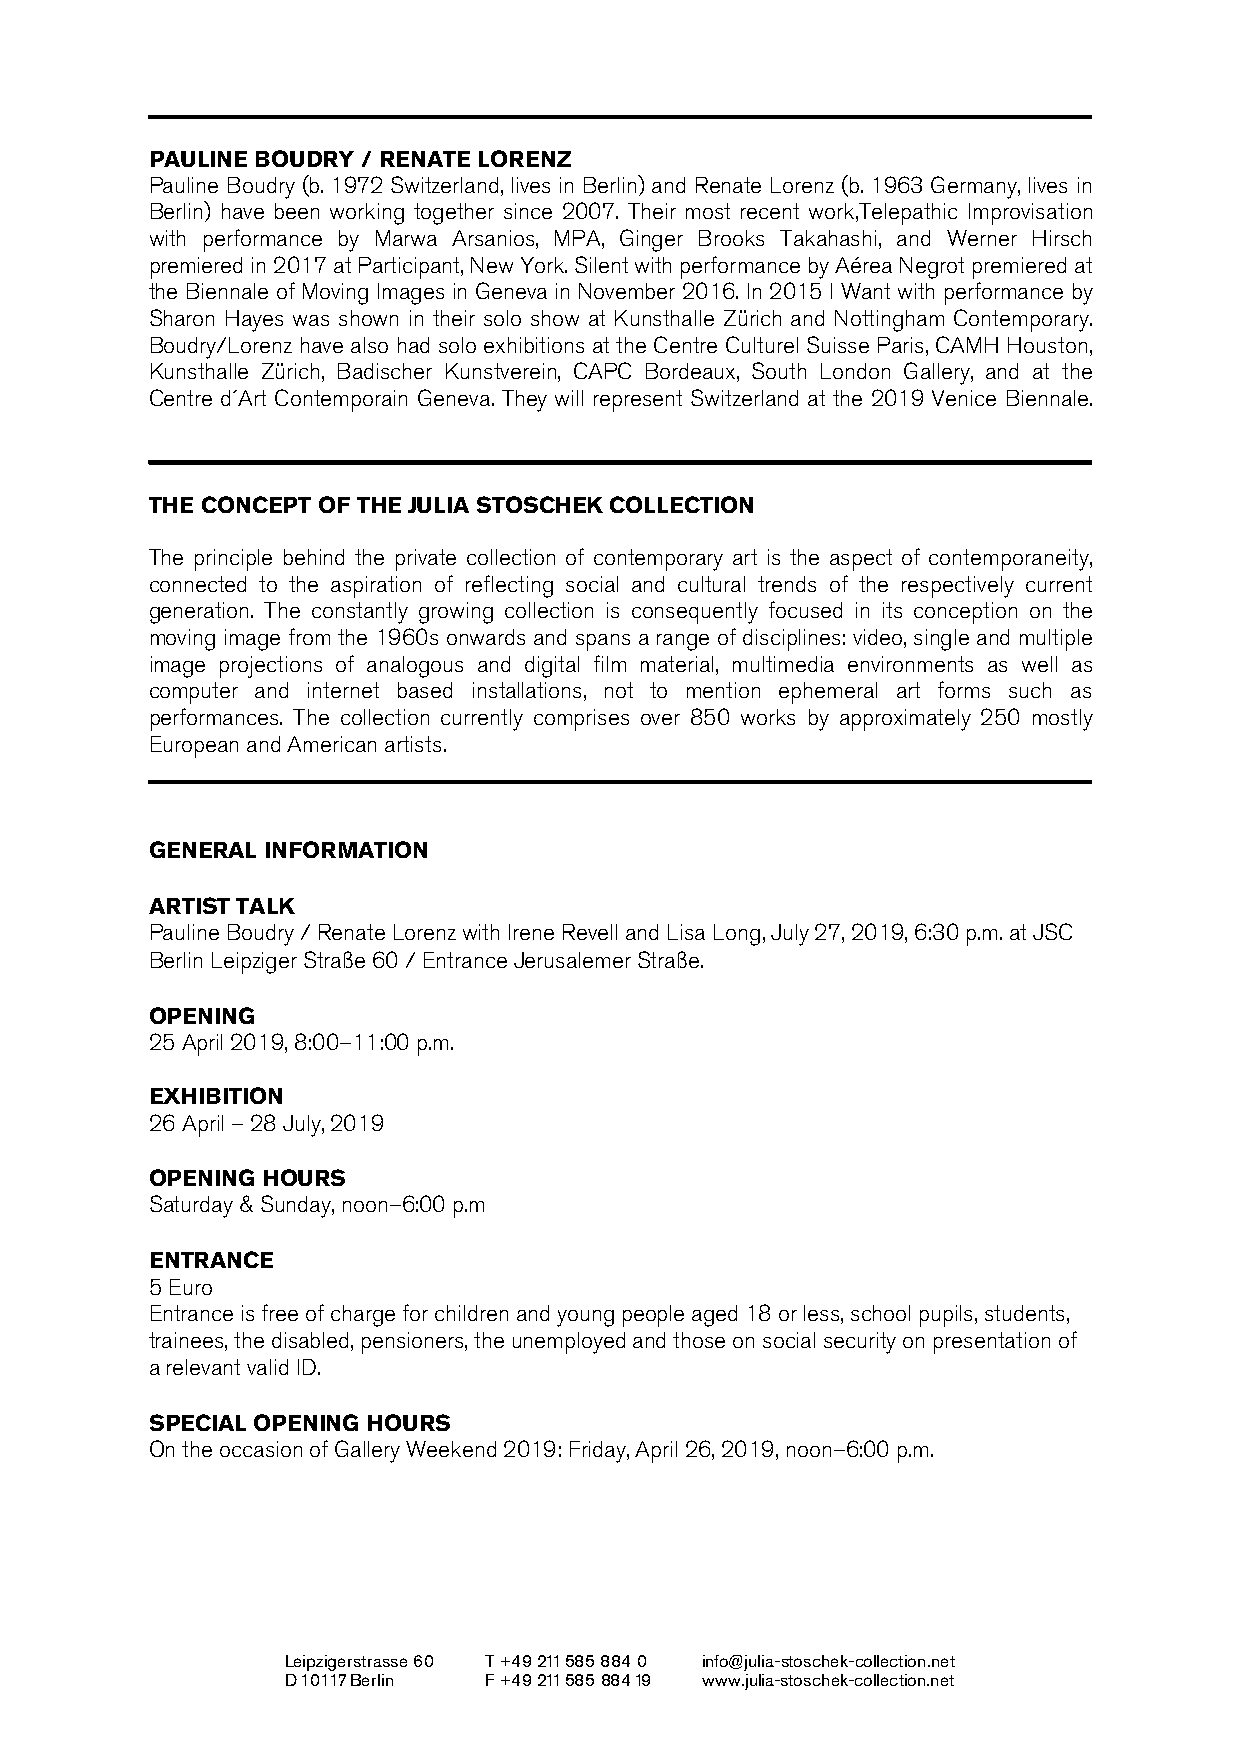
__________________________________________________________________________
 PAULINE BOUDRY / RENATE LORENZ
 Pauline Boudry (b. 1972 Switzerland, lives in Berlin) and Renate Lorenz (b. 1963 Germany, lives in
 Berlin) have been working together since 2007. Their most recent work,Telepathic Improvisation
 with performance by Marwa Arsanios, MPA, Ginger Brooks Takahashi, and Werner Hirsch
 premiered in 2017 at Participant, New York. Silent with performance by Aérea Negrot premiered at
 the Biennale of Moving Images in Geneva in November 2016. In 2015 I Want with performance by
 Sharon Hayes was shown in their solo show at Kunsthalle Zürich and Nottingham Contemporary.
 Boudry/Lorenz have also had solo exhibitions at the Centre Culturel Suisse Paris, CAMH Houston,
 Kunsthalle Zürich, Badischer Kunstverein, CAPC Bordeaux, South London Gallery, and at the
 Centre d´Art Contemporain Geneva. They will represent Switzerland at the 2019 Venice Biennale.
 __________________________________________________________________________
 THE CONCEPT OF THE JULIA STOSCHEK COLLECTION
 The principle behind the private collection of contemporary art is the aspect of contemporaneity,
 connected to the aspiration of reflecting social and cultural trends of the respectively current
 generation. The constantly growing collection is consequently focused in its conception on the
 moving image from the 1960s onwards and spans a range of disciplines: video, single and multiple
 image projections of analogous and digital film material, multimedia environments as well as
 computer and internet based installations, not to mention ephemeral art forms such as
 performances. The collection currently comprises over 850 works by approximately 250 mostly
 European and American artists.
 __________________________________________________________________________
 GENERAL INFORMATION
 ARTIST TALK
 Pauline Boudry / Renate Lorenz with Irene Revell and Lisa Long, July 27, 2019, 6:30 p.m. at JSC
 Berlin Leipziger Straße 60 / Entrance Jerusalemer Straße.
 OPENING
 25 April 2019, 8:00–11:00 p.m.
 EXHIBITION
 26 April – 28 July, 2019
 OPENING HOURS
 Saturday & Sunday, noon–6:00 p.m
 ENTRANCE
 5 Euro
 Entrance is free of charge for children and young people aged 18 or less, school pupils, students,
 trainees, the disabled, pensioners, the unemployed and those on social security on presentation of
 a relevant valid ID.
 SPECIAL OPENING HOURS
 On the occasion of Gallery Weekend 2019: Friday, April 26, 2019, noon–6:00 p.m.
 Leipzigerstrasse 60 T +49 211 585 884 0 info@julia-stoschek-collection.net
 D 10117 Berlin F +49 211 585 884 19 www.julia-stoschek-collection.net